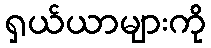
ရှယ်ယာများကို